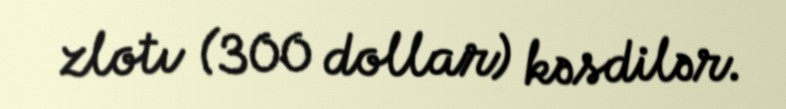
zlotı (300 dollar) kəsdilər.